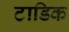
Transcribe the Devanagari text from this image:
टाडिक